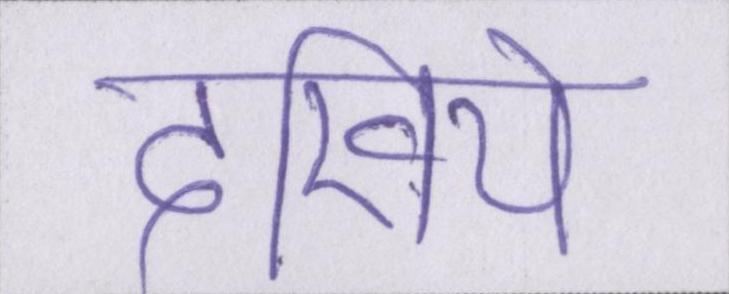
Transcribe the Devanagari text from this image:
देखिये